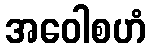
အဝေါစဟံ